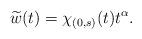
LaTeX: \begin{align*}\widetilde{w}(t)= \chi_{(0,s)}(t)t^\alpha.\end{align*}